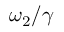
\omega _ { 2 } / \gamma